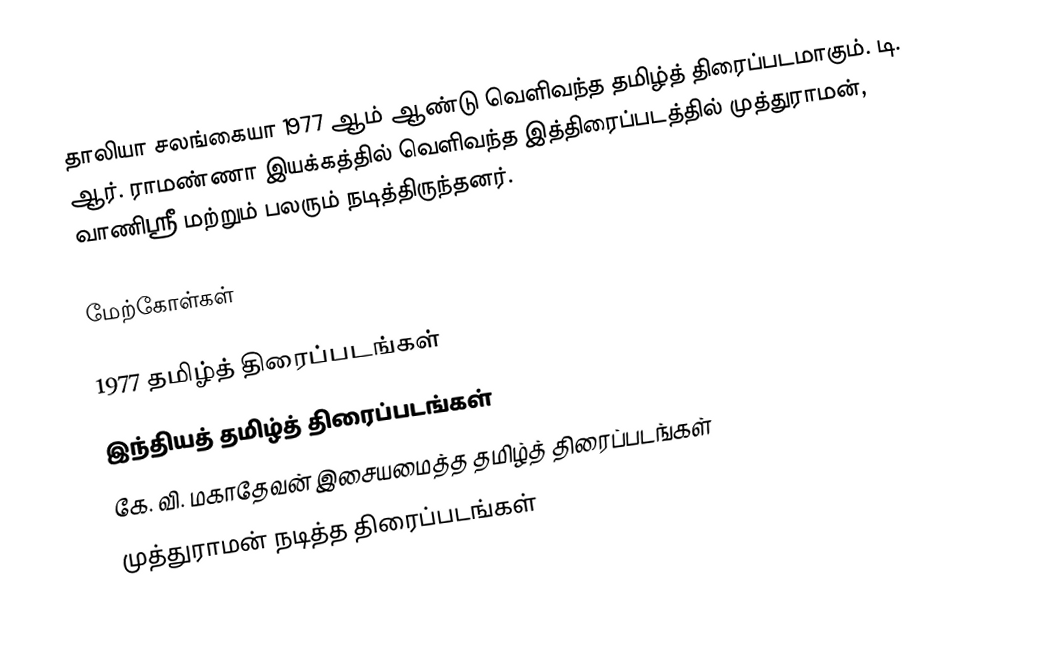
தாலியா சலங்கையா 1977 ஆம் ஆண்டு வெளிவந்த தமிழ்த் திரைப்படமாகும். டி. ஆர். ராமண்ணா இயக்கத்தில் வெளிவந்த இத்திரைப்படத்தில் முத்துராமன், வாணிஸ்ரீ மற்றும் பலரும் நடித்திருந்தனர்.

மேற்கோள்கள்

1977 தமிழ்த் திரைப்படங்கள்
இந்தியத் தமிழ்த் திரைப்படங்கள்
கே. வி. மகாதேவன் இசையமைத்த தமிழ்த் திரைப்படங்கள்
முத்துராமன் நடித்த திரைப்படங்கள்